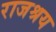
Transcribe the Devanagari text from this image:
राजश्रय